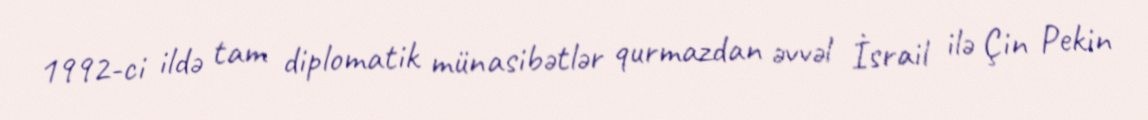
1992-ci ildə tam diplomatik münasibətlər qurmazdan əvvəl İsrail ilə Çin Pekin